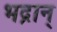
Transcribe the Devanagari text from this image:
भद्रान्